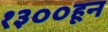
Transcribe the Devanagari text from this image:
१३००हून